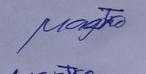
Signature authenticity: genuine